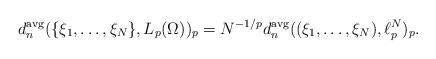
LaTeX: \begin{align*} d_n^{\mathrm{avg}}(\{\xi_1,\ldots,\xi_N\},L_p(\Omega))_p = N^{-1/p}d_n^{\mathrm{avg}}((\xi_1,\ldots,\xi_N),\ell_p^N)_p. \end{align*}